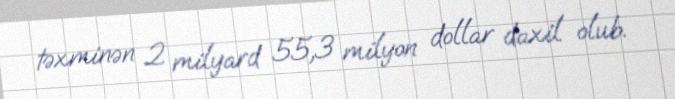
təxminən 2 milyard 55,3 milyon dollar daxil olub.